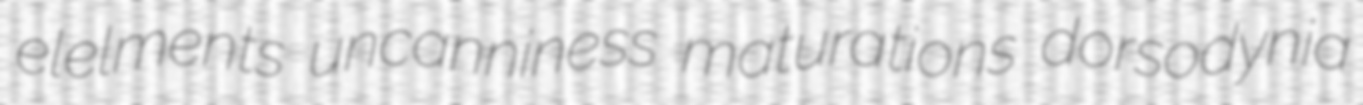
elelments uncanniness maturations dorsodynia